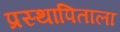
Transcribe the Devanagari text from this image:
प्रस्थापिताला